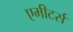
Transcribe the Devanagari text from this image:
एमीटर्स